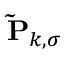
\mathbf { \widetilde { P } } _ { k , \sigma }